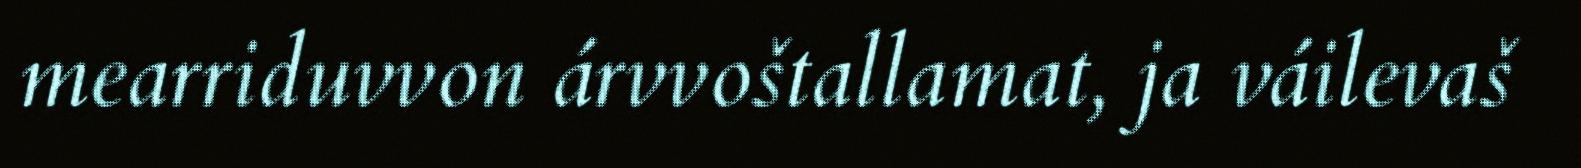
mearriduvvon árvvoštallamat, ja váilevaš